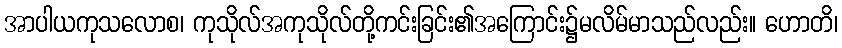
အာပါယကုသလောစ၊ ကုသိုလ်အကုသိုလ်တို့ကင်းခြင်း၏အကြောင်း၌မလိမ်မာသည်လည်း။ ဟောတိ၊